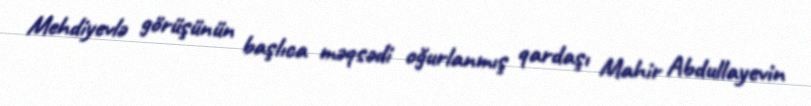
Mehdiyevlə görüşünün başlıca məqsədi oğurlanmış qardaşı Mahir Abdullayevin